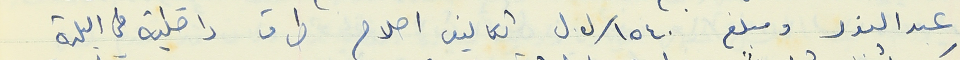
عبد النور ومبلغ ١٥٤٠ /ل.ل  تكاليف اصلاح طرق داخلية في البلدة